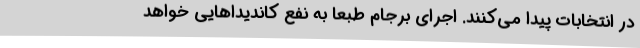
در انتخابات پیدا می‌کنند. اجرای برجام طبعاً به نفع کاندیداهایی خواهد